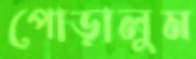
পোড়ালুম